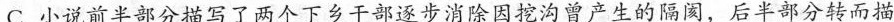
C.小说前半部分描写了两个下乡干部逐步消除因挖沟曾产生的隔阂，后半部分转而描